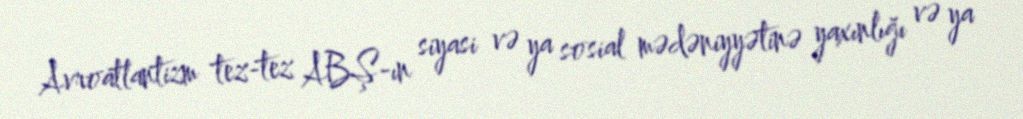
Avroatlantizm tez-tez ABŞ-ın siyasi və ya sosial mədəniyyətinə yaxınlığı və ya